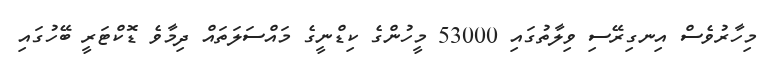
މިހާރުވެސް އިނގިރޭސި ވިލާތުގައި 53000 މީހުންގެ ކިޑްނީގެ މައްސަލަތައް ދިމާވެ ޑޮކްޓަރީ ބޭހުގައި